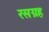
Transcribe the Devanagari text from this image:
रसग्रह